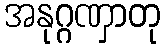
အနုဂ္ဂဏှာတု